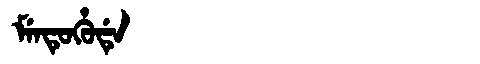
Manchu: ᠮᡝᠨᡨᡠᡥᡠᡩᡝ
Romanization: MENTUHUDE